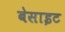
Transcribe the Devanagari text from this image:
बेसाइट